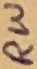
Text: RW